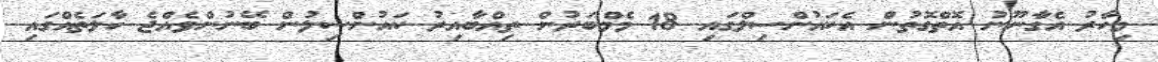
މިހާރު އެގާނޫނު އޮތްގޮތުން އެކައުންސިލްގައި 18 މެމްބަރުން ތިއްބާއިރު ކައުންސިލުން ބޭނުންވެއްޖެ ހާލަތެއްގައި